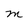
Character: M